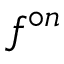
f ^ { \circ n }